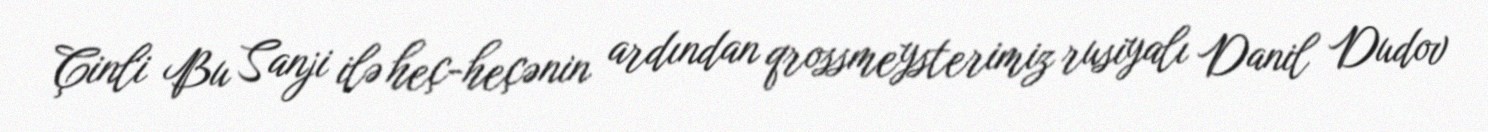
Çinli Bu Sanji ilə heç-heçənin ardından qrossmeysterimiz rusiyalı Danil Dudov